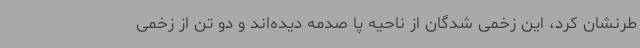
طرنشان کرد، این زخمی شدگان از ناحیه پا صدمه دیده‌اند و دو تن از زخمی